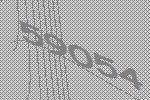
59054